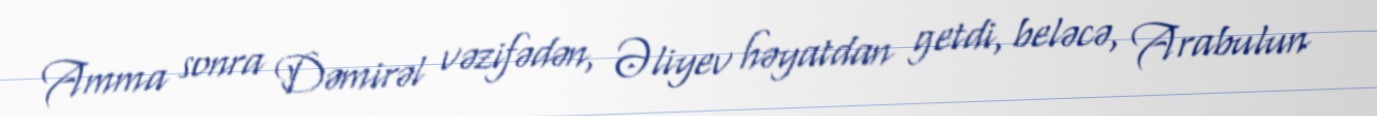
Amma sonra Dəmirəl vəzifədən, Əliyev həyatdan getdi, beləcə, Arabulun